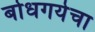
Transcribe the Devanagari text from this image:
बोधगयेचा